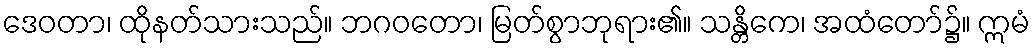
ဒေဝတာ၊ ထိုနတ်သားသည်။ ဘဂဝတော၊ မြတ်စွာဘုရား၏။ သန္တိကေ၊ အထံတော်၌။ ဣမံ